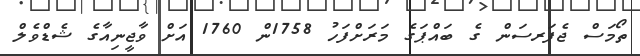
ތޯމަސް ޖެފަރސަން ގެ ބައްޕަގެ މަރަށްފަހު 1758ން 1760 އަށް ވާޖީނިއާގެ ޝެޑްވެލް